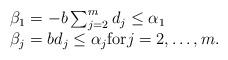
LaTeX: \begin{align*} \begin{array}{l}\beta_1=-b\sum_{j=2}^m d_j \leq \alpha_1\\\beta_j=bd_j \leq \alpha_j \mbox{for} j=2,\ldots,m.\end{array}\end{align*}